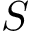
S